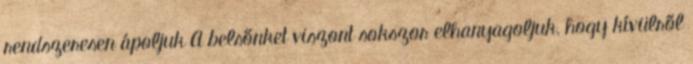
rendszeresen ápoljuk A belsőnket viszont sokszor elhanyagoljuk, hogy kívülről